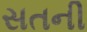
સતની